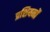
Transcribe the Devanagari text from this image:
प्रशियनों